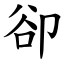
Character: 卻